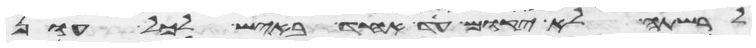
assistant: לרשתה לא יקום עד אחד באיש לכל עון